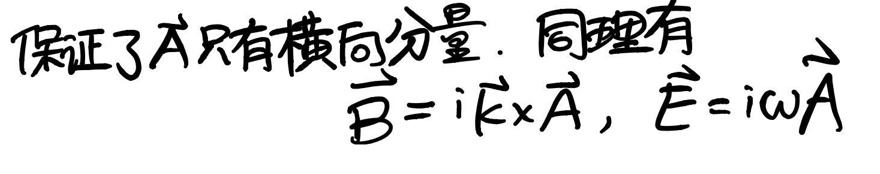
保证了\(\vec{A}\)只有横向分量。同理有\(\vec{B} = i\vec{k} \times \vec{A}\)，\(\vec{E} = i\omega\vec{A}\)